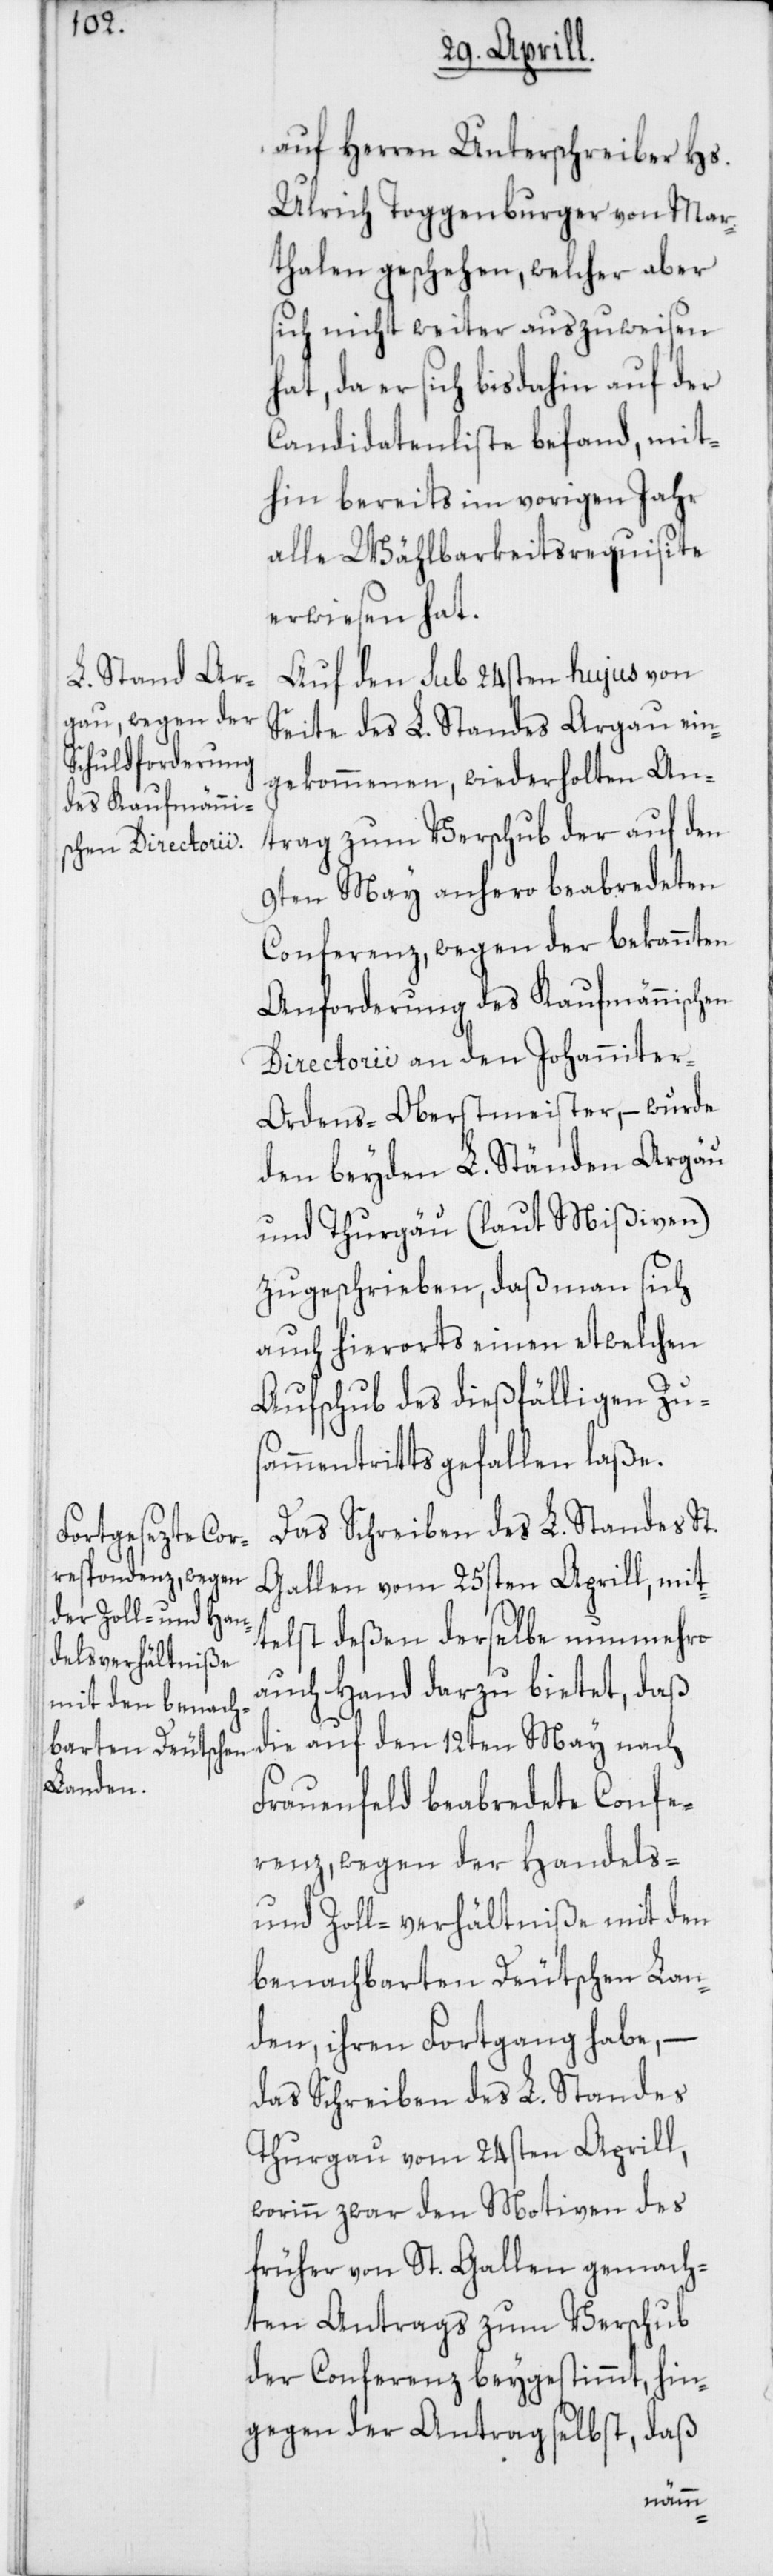
auf Herren Unterschreiber Hs.
Ulrich Toggenburger von Mar¬
thalen geschehen, welcher aber
sich nicht weiter auszuweisen
hat, da er sich bis dahin auf der
Candidatenliste befand, mit¬
hin bereits im vorigen Jahr
alle Wählbarkeitsrequisite
erwiesen hat.
Auf den sub 24sten hujus von
Seite des L. Standes Argau ein¬
gekommenen, wiederholten An¬
trag zum Verschub der auf den
9ten May anhero beabredeten
Conferenz, wegen der bekannten
Anforderung des Kaufmännischen
Directorii an den Johannite¬
r-Ordens-Oberstmeister, – wurde
den beyden L. Ständen Argau
und Thurgau (laut Mißiven)
zugeschrieben, daß man sich
auch hierorts einen etwelchen
Aufschub des dießfälligen Zus¬
ammentritts gefallen laße.
Das Schreiben des L. Standes St.
Gallen vom 25sten Aprill, mit¬
telst deßen derselbe nunmehro
auch Hand darzu bietet, daß
die auf den 12ten May nach
Frauenfeld beabredete Confe¬
renz, wegen der Handels-
und Zoll-verhältniße mit den
benachbarten Deutschen Lan¬
den, ihren Fortgang habe, –
das Schreiben des L. Standes
Thurgau vom 24sten Aprill,
worinn zwar den Motiven des
früher von St. Gallen gemach¬
ten Antrags zum Verschub
der Conferenz beygestimmt, hin¬
gegen der Antrag selbst, daß